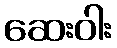
ဆေးဝါး